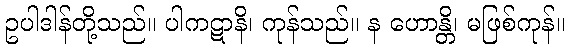
ဥပါဒါန်တို့သည်။ ပါကဋာနိ၊ ကုန်သည်။ န ဟောန္တိ၊ မဖြစ်ကုန်။